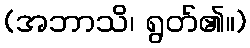
(အဘာသိ၊ ရွတ်၏။)